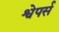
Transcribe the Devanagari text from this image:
श्वेपर्स